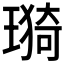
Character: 𤨦